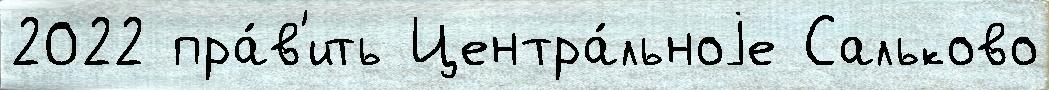
2022 пра́в'ить Центра́льноjе Сальково